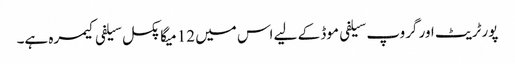
پورٹریٹ اور گروپ سیلفی موڈ کے لیے اس میں 12 میگا پکسل سیلفی کیمرہ ہے۔